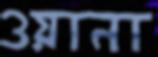
ওয়ানা